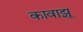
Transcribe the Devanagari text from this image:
कावाझू